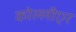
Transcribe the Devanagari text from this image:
कोल्लीएर